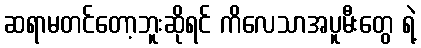
ဆရာမတင်တော့ဘူးဆိုရင် ကိလေသာအပူမီးတွေ ရဲ့